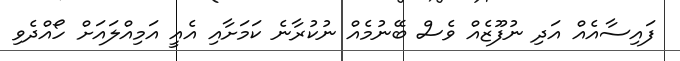
ފައިސާއެއް އަދި ނުފޫޒެއް ވެސް ބޭނުމެއް ނުކުރާނެ ކަމަށާއި އެއީ އަމިއްލައަށް ހޯއްދެވި